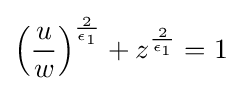
\left({\frac {u}{w}}\right)^{\frac {2}{\epsilon _{1}}}+z^{\frac {2}{\epsilon _{1}}}=1